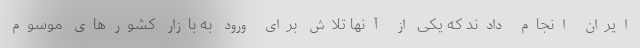
ایران انجام دادند که یکی از آنها تلاش برای ورود به بازار کشورهای موسوم